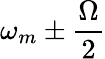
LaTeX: \omega_{m}\pm\frac{\Omega}{2}